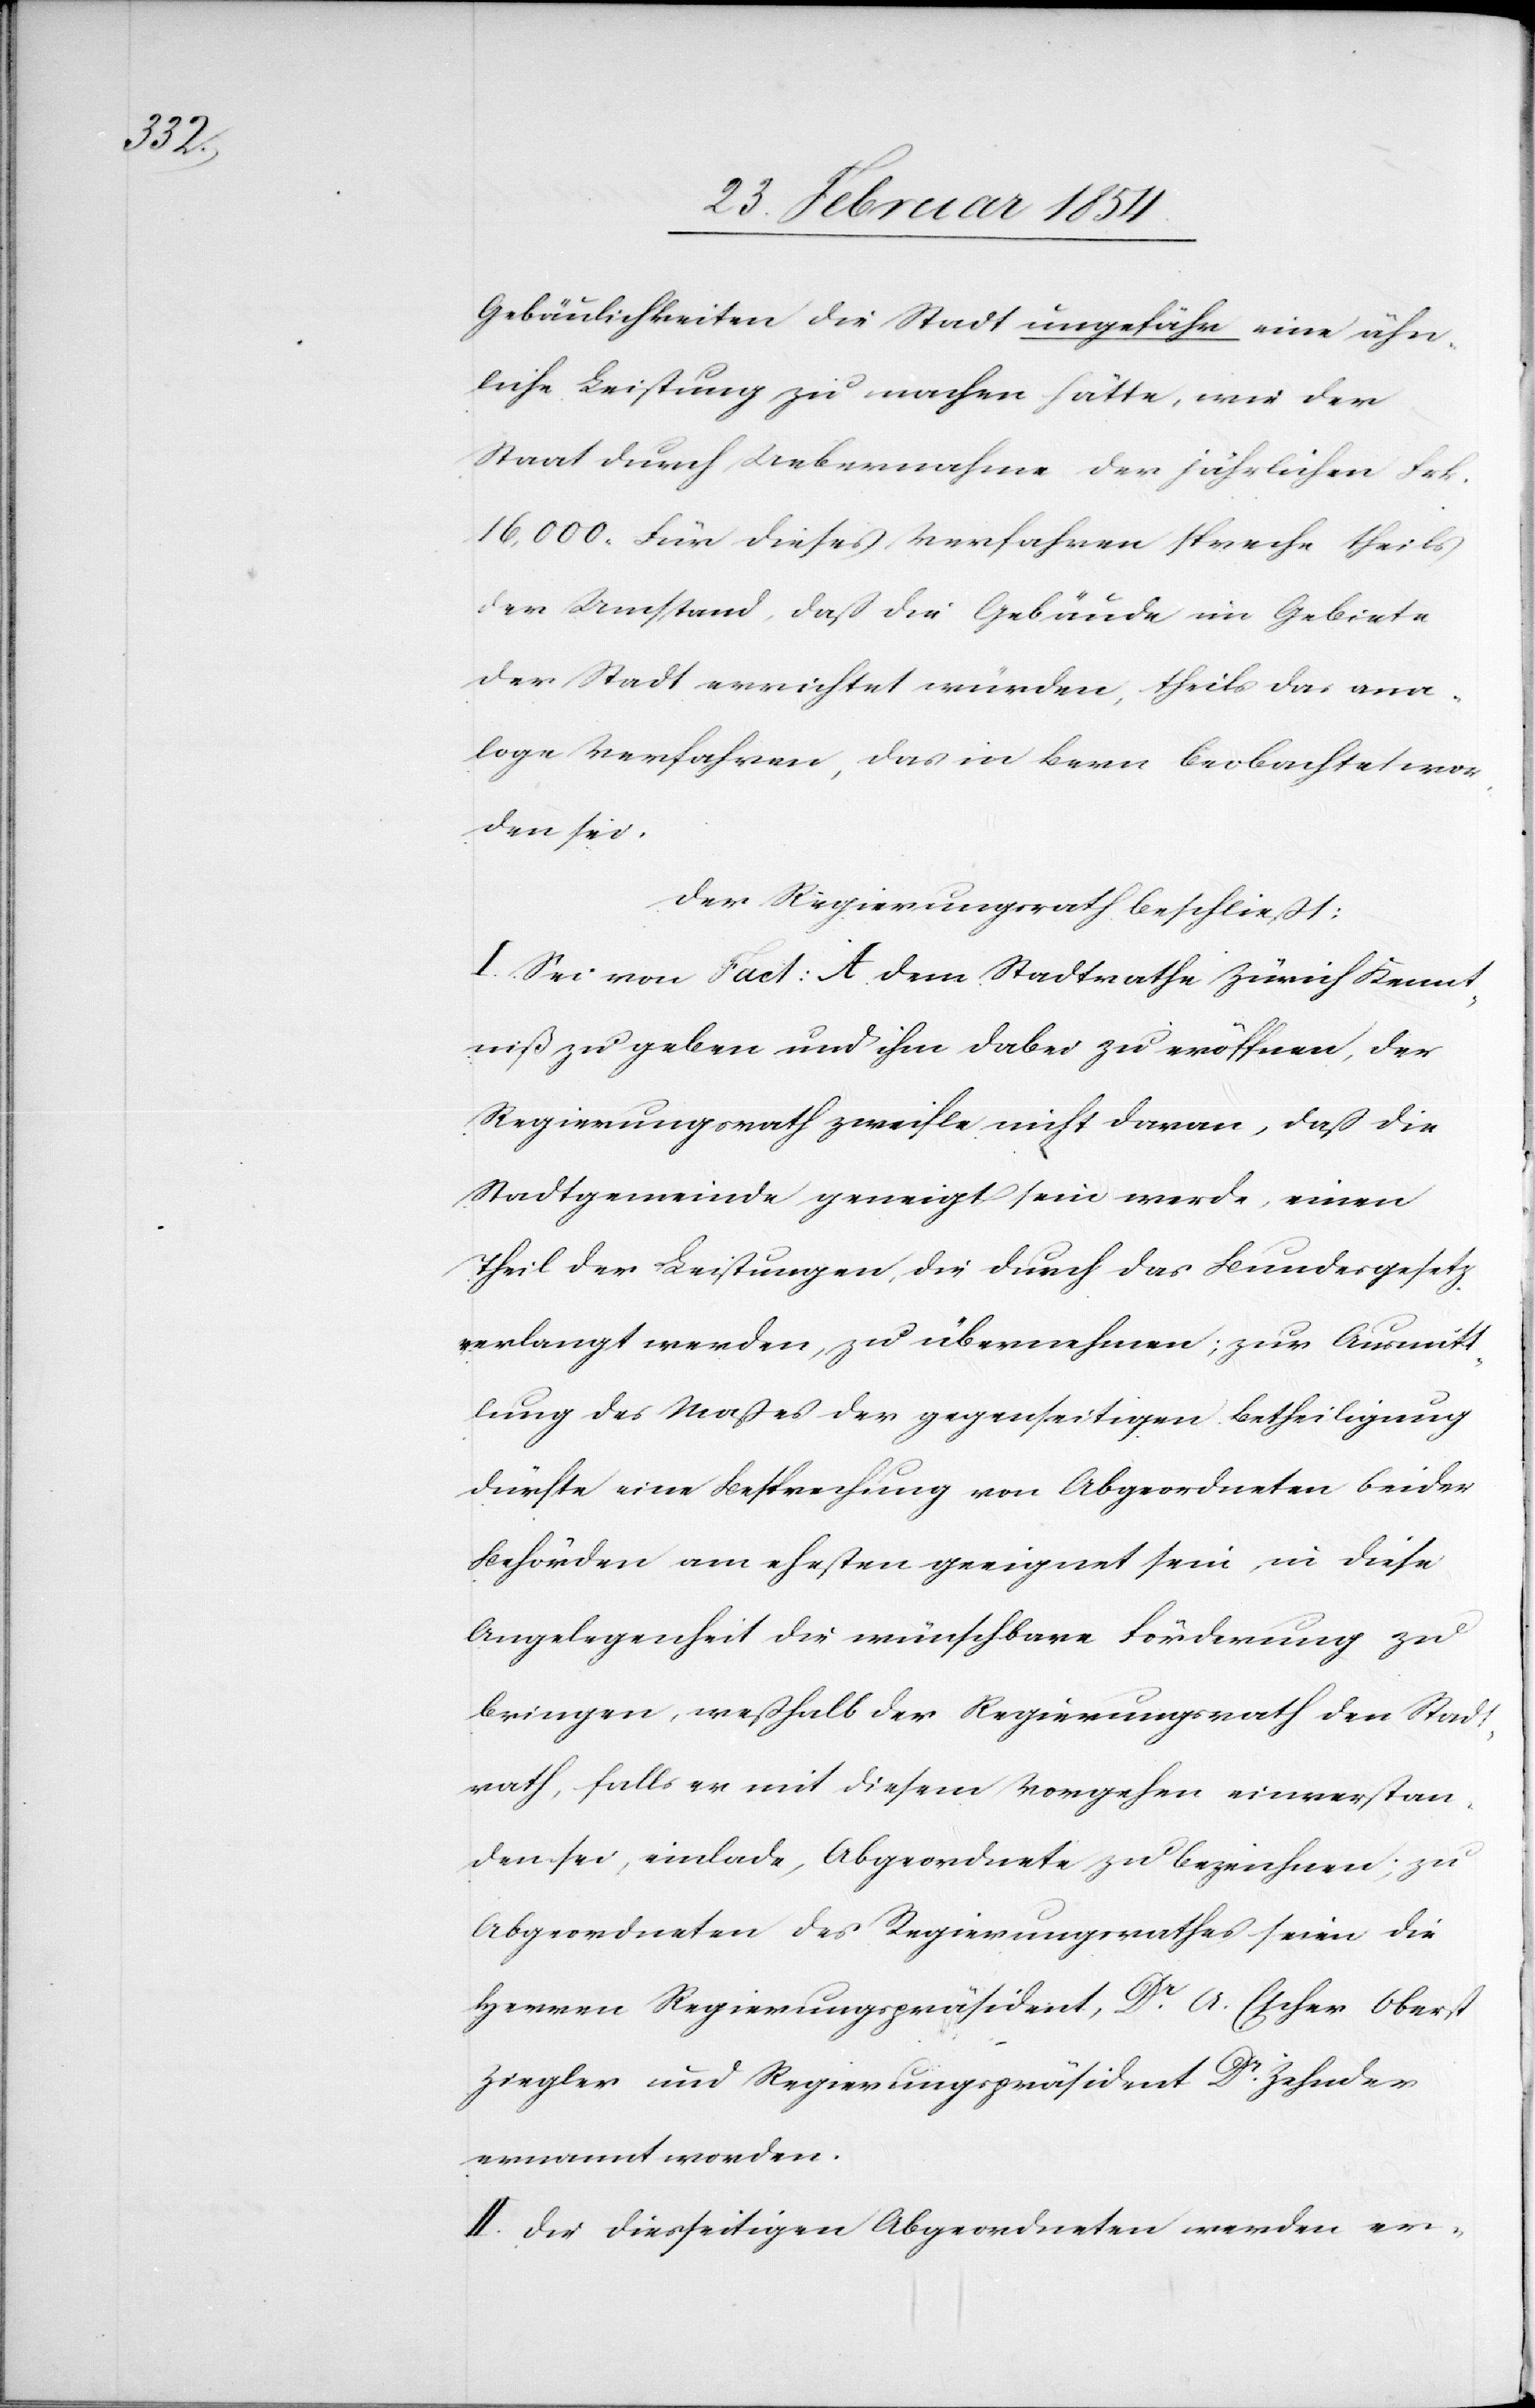
Gebäulichkeiten [sic!] die Stadt ungefähr eine ähn¬
liche Leistung zu machen hätte, wie der
Staat durch Uebernahme der jährlichen Frk.
16, 000. Für dieses Verfahren spreche theils
der Umstand, daß die Gebäude im Gebiete
der Stadt errichtet würden, theils das ana¬
loge Verfahren, das in Bern beobachtet wor¬
den sei.
Der Regierungsrath beschließt:
I. Sei von Fact: A dem Stadtrathe Zürich Kennt¬
niß zu geben und ihm dabei zu eröffnen, der
Regierungsrath zweifle nicht daran, daß die
Stadtgemeinde geneigt sein werde, einen
Theil der Leistungen, die durch das Bundesgesetz
verlangt werden, zu übernehmen; zur Ausmitt¬
lung des Maßes der gegenseitigen Betheiligung
dürfte eine Besprechung von Abgeordneten beider
Behörden am ehesten geeignet sein, in diese
Angelegenheit die wünschbare Förderung zu
bringen, weßhalb der Regierungsrath den Stadt¬
rath, falls er mit diesem Vorgehen einverstan¬
den sei, einlade, Abgeordnete zu bezeichnen; zu
Abgeordneten des Regierungsrathes seien die
Herren Regierungspräsident, Dr A. Escher[,] Oberst
Ziegler und Regierungspräsident Dr Zehnder
ernannt worden.
II. Die diesseitigen Abgeordneten werden er-